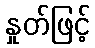
နှုတ်ဖြင့်